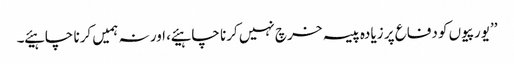
’’یورپیوں کو دفاع پر زیادہ پیسہ خرچ نہیں کرنا چاہیئے ، اور نہ ہمیں کرنا چاہیئے ۔